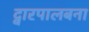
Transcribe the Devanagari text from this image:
द्वारपालबना